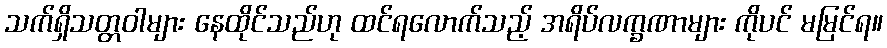
သက်ရှိသတ္တဝါများ နေထိုင်သည်ဟု ထင်ရလောက်သည့် အရိပ်လက္ခဏာများ ကိုပင် မမြင်ရ။